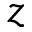
z